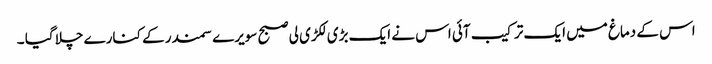
اس کے دماغ میں ایک ترکیب آئی اس نے ایک بڑی لکڑی لی صبح سویرے سمندر کے کنارے چلا گیا ۔